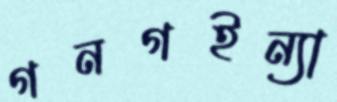
গনগইন্যা